Vaccination in Bombay 1856-1862 - 1856-1862
Year: 1856
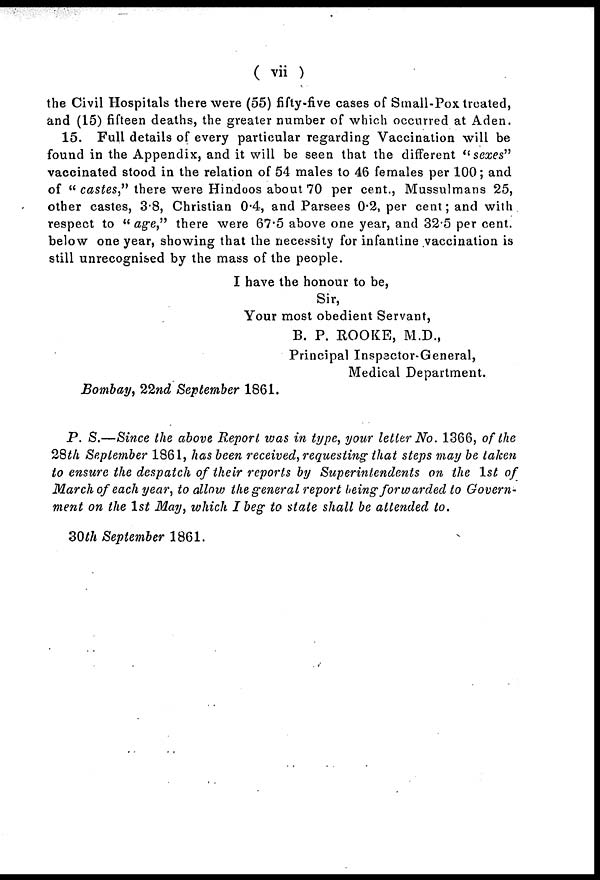
( vii )
the Civil Hospitals there were (55) fifty-five cases of Small-Pox treated,
and (15) fifteen deaths, the greater number of which occurred at Aden.
15. Full details of every particular regarding Vaccination will be
found in the Appendix, and it will be seen that the different " sexes"
vaccinated stood in the relation of 54 males to 46 females per 100; and
of " castes," there were Hindoos about 70 per cent., Mussulmans 25,
other castes, 3.8, Christian 0.4, and Parsees 0.2, per cent; and with
respect to " age," there were 67.5 above one year, and 32.5 per cent.
below one year, showing that the necessity for infantine vaccination is
still unrecognised by the mass of the people.
I have the honour to be,
Sir,
Your most obedient Servant,
B. P. ROOKE, M.D.,
Principal Inspector-General,
Medical Department.
Bombay, 22nd September 1861.
P. S.—Since the above Report was in type, your letter No. 1366, of the
28th September 1861, has been received, requesting that steps may be taken
to ensure the despatch of their reports by Superintendents on the 1st of
March of each year, to allow the general report being forwarded to Govern-
ment on the 1st May, which I beg to state shall be attended to.
30th September 1861.